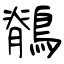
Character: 鶺